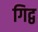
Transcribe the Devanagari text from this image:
गिद्व